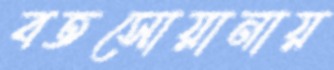
বতসোয়ানায়